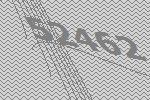
52462